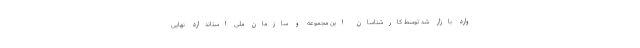
وارد بازار شد توسط کارشناسان این مجموعه و سازمان ملی استاندارد نهایی